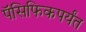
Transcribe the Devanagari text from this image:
पॅसिफिकपर्यंत